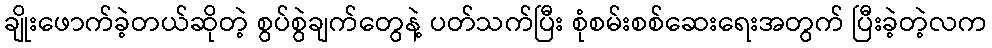
ချိုးဖောက်ခဲ့တယ်ဆိုတဲ့ စွပ်စွဲချက်တွေနဲ့ ပတ်သက်ပြီး စုံစမ်းစစ်ဆေးရေးအတွက် ပြီးခဲ့တဲ့လက